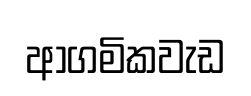
ආගමිකවැඩ